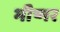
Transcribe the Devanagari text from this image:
भीष्मर